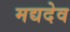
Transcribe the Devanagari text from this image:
मद्यदेव